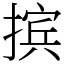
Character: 摈